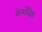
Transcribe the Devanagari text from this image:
मेन्शॅव्हिक